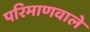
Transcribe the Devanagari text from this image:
परिमाणवाले